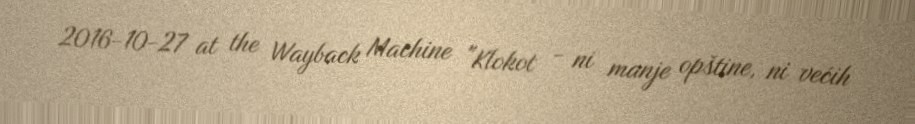
2016-10-27 at the Wayback Machine "Klokot - ni manje opštine, ni većih